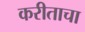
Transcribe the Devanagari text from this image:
करीताचा